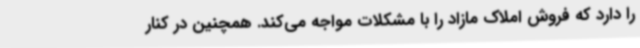
را دارد که فروش املاک مازاد را با مشکلات مواجه می‌کند. همچنین در کنار